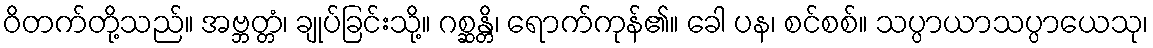
ဝိတက်တို့သည်။ အဗ္ဘတ္တံ၊ ချုပ်ခြင်းသို့။ ဂစ္ဆန္တိ၊ ရောက်ကုန်၏။ ခေါ ပန၊ စင်စစ်။ သပ္ပာယာသပ္ပာယေသု၊